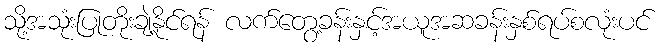
သို့အသုံးပြုတိုးချဲ့နိုင်ရန် လက်တွေ့ခန်းနှင့်အယူအဆခန်းနှစ်ရပ်စလုံးပင်